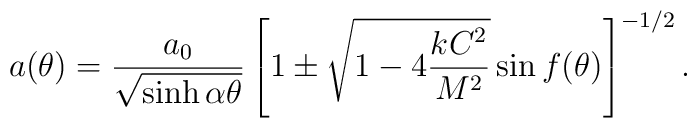
a(\theta) = \frac{a_0}{\sqrt{\sinh\alpha\theta}}\left[1 \pm \sqrt{1 -4\displaystyle{\frac{kC^2}{M^2}}}\sin f(\theta)\right]^{-1/2}.